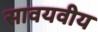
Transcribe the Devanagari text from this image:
सावयवीय